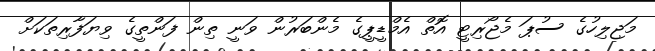
މަޖިލިހުގެ ސުޕަ މެޖޯރިޓީ އޮތް އެމްޑީޕީގެ މެންބަރުން ވަނީ ތިން ފަންތީގެ ވިޔަފާރިތަކަށް